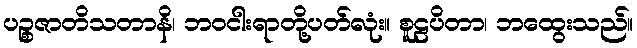
ပဉ္စဇာတိသတာနိ၊ ဘဝငါးရာတို့ပတ်လုံး။ စူဠပိတာ၊ ဘထွေးသည်။